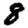
Digit: 8